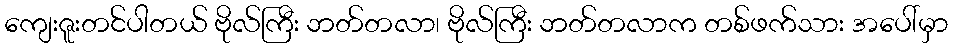
ကျေးဇူးတင်ပါတယ် ဗိုလ်ကြီး ဘတ်တလာ၊ ဗိုလ်ကြီး ဘတ်တလာက တစ်ဖက်သား အပေါ်မှာ